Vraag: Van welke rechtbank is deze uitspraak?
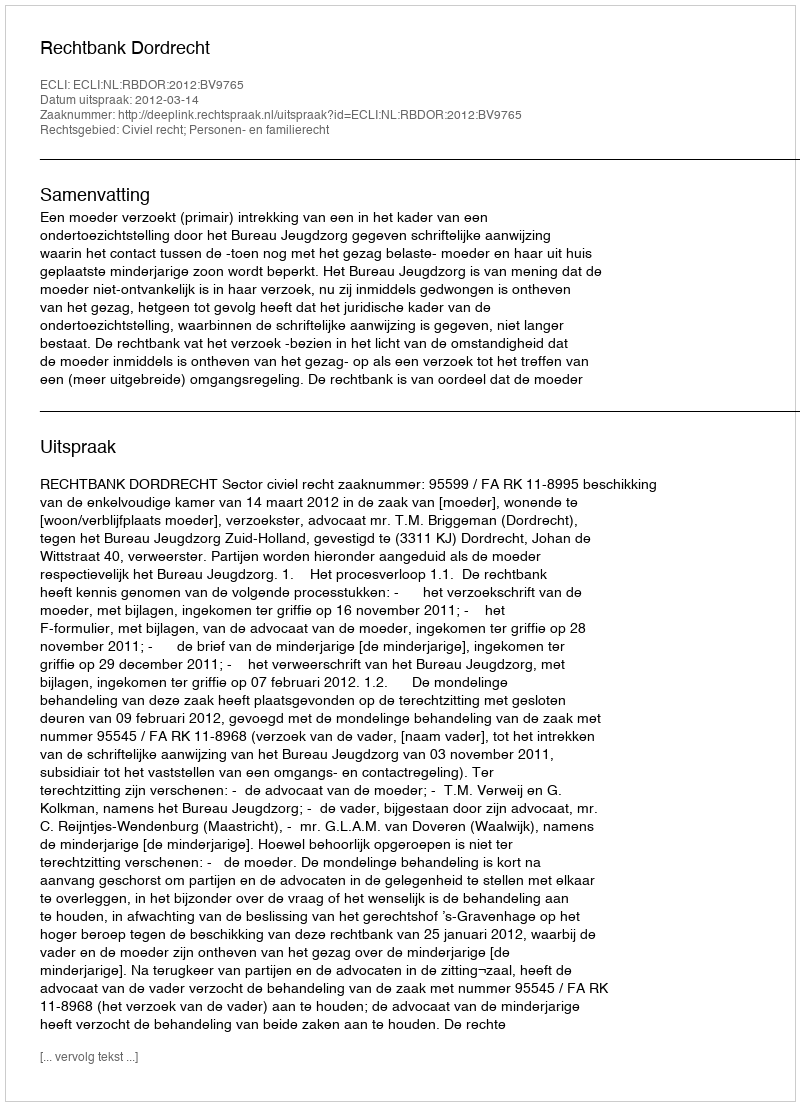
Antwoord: Rechtbank Dordrecht